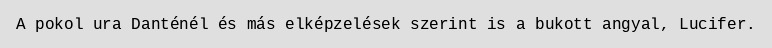
A pokol ura Danténél és más elképzelések szerint is a bukott angyal, Lucifer.